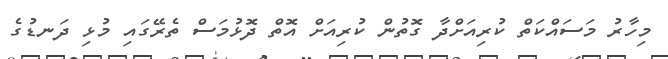
މިހާރު މަސައްކަތް ކުރިއަށްދާ ގޮތުން ކުރިއަށް އޮތް ދޮޅުމަސް ތެރޭގައި މުޅި ދަނޑުގެ